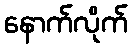
နောက်လိုက်